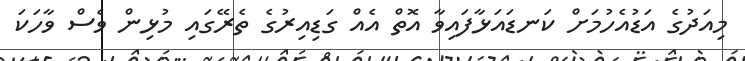
މިއަދުގެ އަޑުއެހުމަށް ކަނޑައަޅާފައިވާ އޮތް އެއް ގަޑިއިރުގެ ތެރޭގައި މުޅިން ވެސް ވާހަކަ